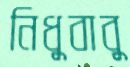
নিধুবাবু